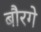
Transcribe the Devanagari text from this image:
बौरगे